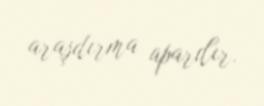
araşdırma aparılır.